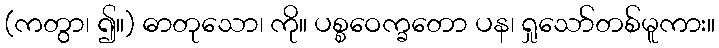
(ကတွာ၊ ၍။) ဓာတုသော၊ ကို။ ပစ္စဝေက္ခတော ပန၊ ရှုသော်တစ်မူကား။